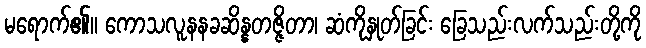
မရောက်၏။ ကောသလူနနခဆိန္နတဇ္ဇိတာ၊ ဆံကိုနှုတ်ခြင်း ခြေသည်းလက်သည်းတို့ကို